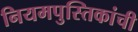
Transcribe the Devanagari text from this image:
नियमपुस्तिकांची